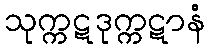
သုက္ကဋဒုက္ကဋာနံ